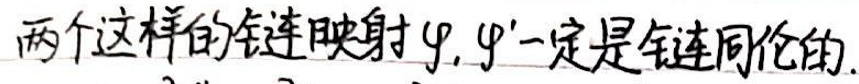
两个这样的链映射$\varphi,\varphi'$一定是链同伦的.